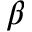
\beta